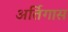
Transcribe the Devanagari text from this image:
अर्तिगास